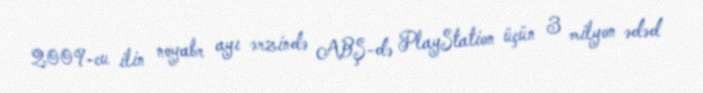
2009-cu ilin noyabr ayı ərzində ABŞ-də PlayStation üçün 3 milyon ədəd